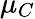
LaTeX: \mu_{C}